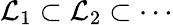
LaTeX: {\mathcal{L}}_{1}\subset{\mathcal{L}}_{2}\subset\cdots